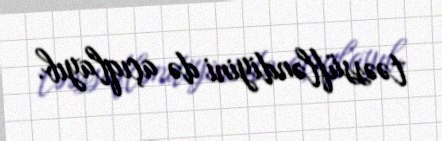
təəssüfləndiyini də açıqlayıb.